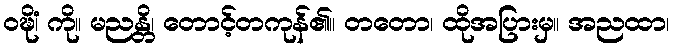
ဝဍ္ဎိံ၊ ကို။ မညန္တိ၊ တောင့်တကုန်၏။ တတော၊ ထိုအပြားမှ။ အညထာ၊